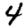
Digit: 4